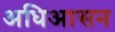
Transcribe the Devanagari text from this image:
अधिआसन